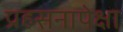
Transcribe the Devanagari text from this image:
प्रहसनापेक्षा